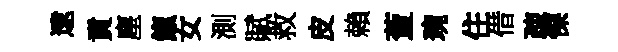
逮賁塵餼女測賦救皮賴藑琬住借疎慄